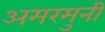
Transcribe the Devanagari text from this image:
अमरमुनी